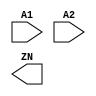
(* blackbox *) module AND2_X1 (A1, A2, ZN);
  input A1;
  input A2;
  output ZN;
endmodule
(* blackbox *) module AND2_X2 (A1, A2, ZN);
  input A1;
  input A2;
  output ZN;
endmodule
(* blackbox *) module AND2_X4 (A1, A2, ZN);
  input A1;
  input A2;
  output ZN;
endmodule
(* blackbox *) module AND3_X1 (A1, A2, A3, ZN);
  input A1;
  input A2;
  input A3;
  output ZN;
endmodule
(* blackbox *) module AND3_X2 (A1, A2, A3, ZN);
  input A1;
  input A2;
  input A3;
  output ZN;
endmodule
(* blackbox *) module AND3_X4 (A1, A2, A3, ZN);
  input A1;
  input A2;
  input A3;
  output ZN;
endmodule
(* blackbox *) module AND4_X1 (A1, A2, A3, A4, ZN);
  input A1;
  input A2;
  input A3;
  input A4;
  output ZN;
endmodule
(* blackbox *) module AND4_X2 (A1, A2, A3, A4, ZN);
  input A1;
  input A2;
  input A3;
  input A4;
  output ZN;
endmodule
(* blackbox *) module AND4_X4 (A1, A2, A3, A4, ZN);
  input A1;
  input A2;
  input A3;
  input A4;
  output ZN;
endmodule
(* blackbox *) module ANTENNA_X1 (A);
  input A;
endmodule
(* blackbox *) module AOI211_X1 (A, B, C1, C2, ZN);
  input A;
  input B;
  input C1;
  input C2;
  output ZN;
endmodule
(* blackbox *) module AOI211_X2 (A, B, C1, C2, ZN);
  input A;
  input B;
  input C1;
  input C2;
  output ZN;
endmodule
(* blackbox *) module AOI211_X4 (A, B, C1, C2, ZN);
  input A;
  input B;
  input C1;
  input C2;
  output ZN;
endmodule
(* blackbox *) module AOI21_X1 (A, B1, B2, ZN);
  input A;
  input B1;
  input B2;
  output ZN;
endmodule
(* blackbox *) module AOI21_X2 (A, B1, B2, ZN);
  input A;
  input B1;
  input B2;
  output ZN;
endmodule
(* blackbox *) module AOI21_X4 (A, B1, B2, ZN);
  input A;
  input B1;
  input B2;
  output ZN;
endmodule
(* blackbox *) module AOI221_X1 (A, B1, B2, C1, C2, ZN);
  input A;
  input B1;
  input B2;
  input C1;
  input C2;
  output ZN;
endmodule
(* blackbox *) module AOI221_X2 (A, B1, B2, C1, C2, ZN);
  input A;
  input B1;
  input B2;
  input C1;
  input C2;
  output ZN;
endmodule
(* blackbox *) module AOI221_X4 (A, B1, B2, C1, C2, ZN);
  input A;
  input B1;
  input B2;
  input C1;
  input C2;
  output ZN;
endmodule
(* blackbox *) module AOI222_X1 (A1, A2, B1, B2, C1, C2, ZN);
  input A1;
  input A2;
  input B1;
  input B2;
  input C1;
  input C2;
  output ZN;
endmodule
(* blackbox *) module AOI222_X2 (A1, A2, B1, B2, C1, C2, ZN);
  input A1;
  input A2;
  input B1;
  input B2;
  input C1;
  input C2;
  output ZN;
endmodule
(* blackbox *) module AOI222_X4 (A1, A2, B1, B2, C1, C2, ZN);
  input A1;
  input A2;
  input B1;
  input B2;
  input C1;
  input C2;
  output ZN;
endmodule
(* blackbox *) module AOI22_X1 (A1, A2, B1, B2, ZN);
  input A1;
  input A2;
  input B1;
  input B2;
  output ZN;
endmodule
(* blackbox *) module AOI22_X2 (A1, A2, B1, B2, ZN);
  input A1;
  input A2;
  input B1;
  input B2;
  output ZN;
endmodule
(* blackbox *) module AOI22_X4 (A1, A2, B1, B2, ZN);
  input A1;
  input A2;
  input B1;
  input B2;
  output ZN;
endmodule
(* blackbox *) module BUF_X1 (A, Z);
  input A;
  output Z;
endmodule
(* blackbox *) module BUF_X16 (A, Z);
  input A;
  output Z;
endmodule
(* blackbox *) module BUF_X2 (A, Z);
  input A;
  output Z;
endmodule
(* blackbox *) module BUF_X32 (A, Z);
  input A;
  output Z;
endmodule
(* blackbox *) module BUF_X4 (A, Z);
  input A;
  output Z;
endmodule
(* blackbox *) module BUF_X8 (A, Z);
  input A;
  output Z;
endmodule
(* blackbox *) module CLKBUF_X1 (A, Z);
  input A;
  output Z;
endmodule
(* blackbox *) module CLKBUF_X2 (A, Z);
  input A;
  output Z;
endmodule
(* blackbox *) module CLKBUF_X3 (A, Z);
  input A;
  output Z;
endmodule
(* blackbox *) module CLKGATETST_X1 (CK, E, SE, GCK);
  input CK;
  input E;
  input SE;
  output GCK;
endmodule
(* blackbox *) module CLKGATETST_X2 (CK, E, SE, GCK);
  input CK;
  input E;
  input SE;
  output GCK;
endmodule
(* blackbox *) module CLKGATETST_X4 (CK, E, SE, GCK);
  input CK;
  input E;
  input SE;
  output GCK;
endmodule
(* blackbox *) module CLKGATETST_X8 (CK, E, SE, GCK);
  input CK;
  input E;
  input SE;
  output GCK;
endmodule
(* blackbox *) module CLKGATE_X1 (CK, E, GCK);
  input CK;
  input E;
  output GCK;
endmodule
(* blackbox *) module CLKGATE_X2 (CK, E, GCK);
  input CK;
  input E;
  output GCK;
endmodule
(* blackbox *) module CLKGATE_X4 (CK, E, GCK);
  input CK;
  input E;
  output GCK;
endmodule
(* blackbox *) module CLKGATE_X8 (CK, E, GCK);
  input CK;
  input E;
  output GCK;
endmodule
(* blackbox *) module DFFRS_X1 (D, RN, SN, CK, Q, QN);
  input D;
  input RN;
  input SN;
  input CK;
  output Q;
  output QN;
endmodule
(* blackbox *) module DFFRS_X2 (D, RN, SN, CK, Q, QN);
  input D;
  input RN;
  input SN;
  input CK;
  output Q;
  output QN;
endmodule
(* blackbox *) module DFFR_X1 (D, RN, CK, Q, QN);
  input D;
  input RN;
  input CK;
  output Q;
  output QN;
endmodule
(* blackbox *) module DFFR_X2 (D, RN, CK, Q, QN);
  input D;
  input RN;
  input CK;
  output Q;
  output QN;
endmodule
(* blackbox *) module DFFS_X1 (D, SN, CK, Q, QN);
  input D;
  input SN;
  input CK;
  output Q;
  output QN;
endmodule
(* blackbox *) module DFFS_X2 (D, SN, CK, Q, QN);
  input D;
  input SN;
  input CK;
  output Q;
  output QN;
endmodule
(* blackbox *) module DFF_X1 (D, CK, Q, QN);
  input D;
  input CK;
  output Q;
  output QN;
endmodule
(* blackbox *) module DFF_X2 (D, CK, Q, QN);
  input D;
  input CK;
  output Q;
  output QN;
endmodule
(* blackbox *) module DLH_X1 (D, G, Q);
  input D;
  input G;
  output Q;
endmodule
(* blackbox *) module DLH_X2 (D, G, Q);
  input D;
  input G;
  output Q;
endmodule
(* blackbox *) module DLL_X1 (D, GN, Q);
  input D;
  input GN;
  output Q;
endmodule
(* blackbox *) module DLL_X2 (D, GN, Q);
  input D;
  input GN;
  output Q;
endmodule
(* blackbox *) module FA_X1 (A, B, CI, CO, S);
  input A;
  input B;
  input CI;
  output CO;
  output S;
endmodule
(* blackbox *) module FILLCELL_X1 ();
endmodule
(* blackbox *) module FILLCELL_X2 ();
endmodule
(* blackbox *) module FILLCELL_X4 ();
endmodule
(* blackbox *) module FILLCELL_X8 ();
endmodule
(* blackbox *) module FILLCELL_X16 ();
endmodule
(* blackbox *) module FILLCELL_X32 ();
endmodule
(* blackbox *) module HA_X1 (A, B, CO, S);
  input A;
  input B;
  output CO;
  output S;
endmodule
(* blackbox *) module INV_X1 (A, ZN);
  input A;
  output ZN;
endmodule
(* blackbox *) module INV_X16 (A, ZN);
  input A;
  output ZN;
endmodule
(* blackbox *) module INV_X2 (A, ZN);
  input A;
  output ZN;
endmodule
(* blackbox *) module INV_X32 (A, ZN);
  input A;
  output ZN;
endmodule
(* blackbox *) module INV_X4 (A, ZN);
  input A;
  output ZN;
endmodule
(* blackbox *) module INV_X8 (A, ZN);
  input A;
  output ZN;
endmodule
(* blackbox *) module LOGIC0_X1 (Z);
  output Z;
endmodule
(* blackbox *) module LOGIC1_X1 (Z);
  output Z;
endmodule
(* blackbox *) module MUX2_X1 (A, B, S, Z);
  input A;
  input B;
  input S;
  output Z;
endmodule
(* blackbox *) module MUX2_X2 (A, B, S, Z);
  input A;
  input B;
  input S;
  output Z;
endmodule
(* blackbox *) module NAND2_X1 (A1, A2, ZN);
  input A1;
  input A2;
  output ZN;
endmodule
(* blackbox *) module NAND2_X2 (A1, A2, ZN);
  input A1;
  input A2;
  output ZN;
endmodule
(* blackbox *) module NAND2_X4 (A1, A2, ZN);
  input A1;
  input A2;
  output ZN;
endmodule
(* blackbox *) module NAND3_X1 (A1, A2, A3, ZN);
  input A1;
  input A2;
  input A3;
  output ZN;
endmodule
(* blackbox *) module NAND3_X2 (A1, A2, A3, ZN);
  input A1;
  input A2;
  input A3;
  output ZN;
endmodule
(* blackbox *) module NAND3_X4 (A1, A2, A3, ZN);
  input A1;
  input A2;
  input A3;
  output ZN;
endmodule
(* blackbox *) module NAND4_X1 (A1, A2, A3, A4, ZN);
  input A1;
  input A2;
  input A3;
  input A4;
  output ZN;
endmodule
(* blackbox *) module NAND4_X2 (A1, A2, A3, A4, ZN);
  input A1;
  input A2;
  input A3;
  input A4;
  output ZN;
endmodule
(* blackbox *) module NAND4_X4 (A1, A2, A3, A4, ZN);
  input A1;
  input A2;
  input A3;
  input A4;
  output ZN;
endmodule
(* blackbox *) module NOR2_X1 (A1, A2, ZN);
  input A1;
  input A2;
  output ZN;
endmodule
(* blackbox *) module NOR2_X2 (A1, A2, ZN);
  input A1;
  input A2;
  output ZN;
endmodule
(* blackbox *) module NOR2_X4 (A1, A2, ZN);
  input A1;
  input A2;
  output ZN;
endmodule
(* blackbox *) module NOR3_X1 (A1, A2, A3, ZN);
  input A1;
  input A2;
  input A3;
  output ZN;
endmodule
(* blackbox *) module NOR3_X2 (A1, A2, A3, ZN);
  input A1;
  input A2;
  input A3;
  output ZN;
endmodule
(* blackbox *) module NOR3_X4 (A1, A2, A3, ZN);
  input A1;
  input A2;
  input A3;
  output ZN;
endmodule
(* blackbox *) module NOR4_X1 (A1, A2, A3, A4, ZN);
  input A1;
  input A2;
  input A3;
  input A4;
  output ZN;
endmodule
(* blackbox *) module NOR4_X2 (A1, A2, A3, A4, ZN);
  input A1;
  input A2;
  input A3;
  input A4;
  output ZN;
endmodule
(* blackbox *) module NOR4_X4 (A1, A2, A3, A4, ZN);
  input A1;
  input A2;
  input A3;
  input A4;
  output ZN;
endmodule
(* blackbox *) module OAI211_X1 (A, B, C1, C2, ZN);
  input A;
  input B;
  input C1;
  input C2;
  output ZN;
endmodule
(* blackbox *) module OAI211_X2 (A, B, C1, C2, ZN);
  input A;
  input B;
  input C1;
  input C2;
  output ZN;
endmodule
(* blackbox *) module OAI211_X4 (A, B, C1, C2, ZN);
  input A;
  input B;
  input C1;
  input C2;
  output ZN;
endmodule
(* blackbox *) module OAI21_X1 (A, B1, B2, ZN);
  input A;
  input B1;
  input B2;
  output ZN;
endmodule
(* blackbox *) module OAI21_X2 (A, B1, B2, ZN);
  input A;
  input B1;
  input B2;
  output ZN;
endmodule
(* blackbox *) module OAI21_X4 (A, B1, B2, ZN);
  input A;
  input B1;
  input B2;
  output ZN;
endmodule
(* blackbox *) module OAI221_X1 (A, B1, B2, C1, C2, ZN);
  input A;
  input B1;
  input B2;
  input C1;
  input C2;
  output ZN;
endmodule
(* blackbox *) module OAI221_X2 (A, B1, B2, C1, C2, ZN);
  input A;
  input B1;
  input B2;
  input C1;
  input C2;
  output ZN;
endmodule
(* blackbox *) module OAI221_X4 (A, B1, B2, C1, C2, ZN);
  input A;
  input B1;
  input B2;
  input C1;
  input C2;
  output ZN;
endmodule
(* blackbox *) module OAI222_X1 (A1, A2, B1, B2, C1, C2, ZN);
  input A1;
  input A2;
  input B1;
  input B2;
  input C1;
  input C2;
  output ZN;
endmodule
(* blackbox *) module OAI222_X2 (A1, A2, B1, B2, C1, C2, ZN);
  input A1;
  input A2;
  input B1;
  input B2;
  input C1;
  input C2;
  output ZN;
endmodule
(* blackbox *) module OAI222_X4 (A1, A2, B1, B2, C1, C2, ZN);
  input A1;
  input A2;
  input B1;
  input B2;
  input C1;
  input C2;
  output ZN;
endmodule
(* blackbox *) module OAI22_X1 (A1, A2, B1, B2, ZN);
  input A1;
  input A2;
  input B1;
  input B2;
  output ZN;
endmodule
(* blackbox *) module OAI22_X2 (A1, A2, B1, B2, ZN);
  input A1;
  input A2;
  input B1;
  input B2;
  output ZN;
endmodule
(* blackbox *) module OAI22_X4 (A1, A2, B1, B2, ZN);
  input A1;
  input A2;
  input B1;
  input B2;
  output ZN;
endmodule
(* blackbox *) module OAI33_X1 (A1, A2, A3, B1, B2, B3, ZN);
  input A1;
  input A2;
  input A3;
  input B1;
  input B2;
  input B3;
  output ZN;
endmodule
(* blackbox *) module OR2_X1 (A1, A2, ZN);
  input A1;
  input A2;
  output ZN;
endmodule
(* blackbox *) module OR2_X2 (A1, A2, ZN);
  input A1;
  input A2;
  output ZN;
endmodule
(* blackbox *) module OR2_X4 (A1, A2, ZN);
  input A1;
  input A2;
  output ZN;
endmodule
(* blackbox *) module OR3_X1 (A1, A2, A3, ZN);
  input A1;
  input A2;
  input A3;
  output ZN;
endmodule
(* blackbox *) module OR3_X2 (A1, A2, A3, ZN);
  input A1;
  input A2;
  input A3;
  output ZN;
endmodule
(* blackbox *) module OR3_X4 (A1, A2, A3, ZN);
  input A1;
  input A2;
  input A3;
  output ZN;
endmodule
(* blackbox *) module OR4_X1 (A1, A2, A3, A4, ZN);
  input A1;
  input A2;
  input A3;
  input A4;
  output ZN;
endmodule
(* blackbox *) module OR4_X2 (A1, A2, A3, A4, ZN);
  input A1;
  input A2;
  input A3;
  input A4;
  output ZN;
endmodule
(* blackbox *) module OR4_X4 (A1, A2, A3, A4, ZN);
  input A1;
  input A2;
  input A3;
  input A4;
  output ZN;
endmodule
(* blackbox *) module SDFFRS_X1 (D, RN, SE, SI, SN, CK, Q, QN);
  input D;
  input RN;
  input SE;
  input SI;
  input SN;
  input CK;
  output Q;
  output QN;
endmodule
(* blackbox *) module SDFFRS_X2 (D, RN, SE, SI, SN, CK, Q, QN);
  input D;
  input RN;
  input SE;
  input SI;
  input SN;
  input CK;
  output Q;
  output QN;
endmodule
(* blackbox *) module SDFFR_X1 (D, RN, SE, SI, CK, Q, QN);
  input D;
  input RN;
  input SE;
  input SI;
  input CK;
  output Q;
  output QN;
endmodule
(* blackbox *) module SDFFR_X2 (D, RN, SE, SI, CK, Q, QN);
  input D;
  input RN;
  input SE;
  input SI;
  input CK;
  output Q;
  output QN;
endmodule
(* blackbox *) module SDFFS_X1 (D, SE, SI, SN, CK, Q, QN);
  input D;
  input SE;
  input SI;
  input SN;
  input CK;
  output Q;
  output QN;
endmodule
(* blackbox *) module SDFFS_X2 (D, SE, SI, SN, CK, Q, QN);
  input D;
  input SE;
  input SI;
  input SN;
  input CK;
  output Q;
  output QN;
endmodule
(* blackbox *) module SDFF_X1 (D, SE, SI, CK, Q, QN);
  input D;
  input SE;
  input SI;
  input CK;
  output Q;
  output QN;
endmodule
(* blackbox *) module SDFF_X2 (D, SE, SI, CK, Q, QN);
  input D;
  input SE;
  input SI;
  input CK;
  output Q;
  output QN;
endmodule
(* blackbox *) module TBUF_X1 (A, EN, Z);
  input A;
  input EN;
  output Z;
endmodule
(* blackbox *) module TBUF_X16 (A, EN, Z);
  input A;
  input EN;
  output Z;
endmodule
(* blackbox *) module TBUF_X2 (A, EN, Z);
  input A;
  input EN;
  output Z;
endmodule
(* blackbox *) module TBUF_X4 (A, EN, Z);
  input A;
  input EN;
  output Z;
endmodule
(* blackbox *) module TBUF_X8 (A, EN, Z);
  input A;
  input EN;
  output Z;
endmodule
(* blackbox *) module TINV_X1 (EN, I, ZN);
  input EN;
  input I;
  output ZN;
endmodule
(* blackbox *) module TLAT_X1 (D, G, OE, Q);
  input D;
  input G;
  input OE;
  output Q;
endmodule
(* blackbox *) module XNOR2_X1 (A, B, ZN);
  input A;
  input B;
  output ZN;
endmodule
(* blackbox *) module XNOR2_X2 (A, B, ZN);
  input A;
  input B;
  output ZN;
endmodule
(* blackbox *) module XOR2_X1 (A, B, Z);
  input A;
  input B;
  output Z;
endmodule
(* blackbox *) module XOR2_X2 (A, B, Z);
  input A;
  input B;
  output Z;
endmodule